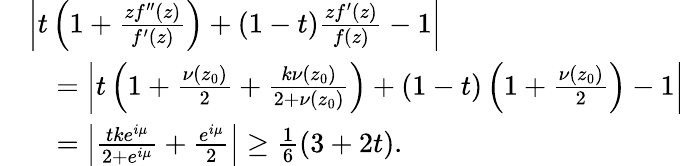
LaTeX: \begin{array}{rl}&{\left|t\left(1+\frac{zf^{\prime\prime}(z)}{f^{\prime}(z)}\right)+(1-t)\frac{zf^{\prime}(z)}{f(z)}-1\right|}\\ &{\quad=\left|t\left(1+\frac{\nu(z_{0})}{2}+\frac{k\nu(z_{0})}{2+\nu(z_{0})}\right)+(1-t)\left(1+\frac{\nu(z_{0})}{2}\right)-1\right|}\\ &{\quad=\left|\frac{tke^{i\mu}}{2+e^{i\mu}}+\frac{e^{i\mu}}{2}\right|\geq\frac{1}{6}(3+2t).}\end{array}